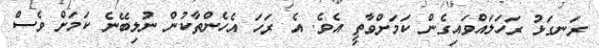
ރަނގަޅު ރަހަލައްވައިގެން ކަމަށްވާތީ އެވެ. އެ ރަހަ އެހެންތާކުން ނުލިބޭނެ ކަމަށް ވެސް